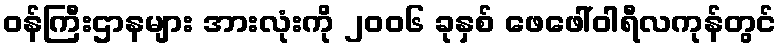
ဝန်ကြီးဌာနများ အားလုံးကို ၂၀၀၆ ခုနှစ် ဖေဖေါ်ဝါရီလကုန်တွင်